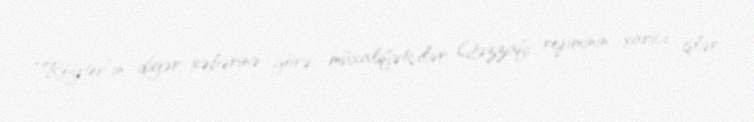
“Röyter”in digər xəbərinə görə, müxalifətçilər Qəzzafi rejiminin xarici işlər